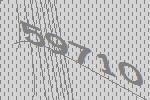
59710